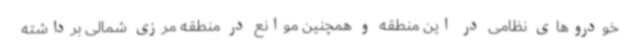
خودروهای نظامی در این منطقه و همچنین موانع در منطقه مرزی شمالی برداشته